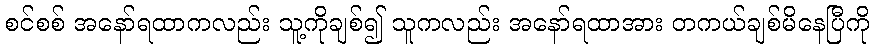
စင်စစ် အနော်ရထာကလည်း သူ့ကိုချစ်၍ သူကလည်း အနော်ရထာအား တကယ်ချစ်မိနေပြီကို